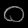
Digit: ၀